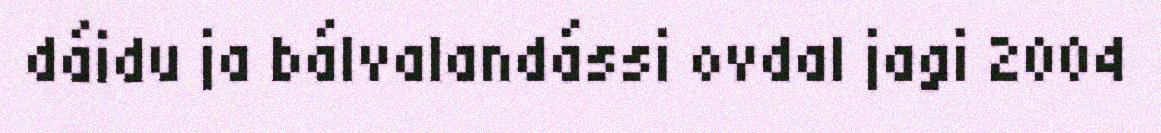
dáidu ja bálvalandássi ovdal jagi 2004